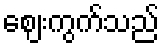
ဈေးကွက်သည်